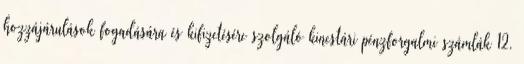
hozzájárulások fogadására és kifizetésére szolgáló kincstári pénzforgalmi számlák 12.